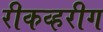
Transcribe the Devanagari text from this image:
रीकव्हरीग